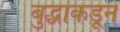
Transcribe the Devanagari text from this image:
बुद्धांकडून